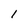
Character: l